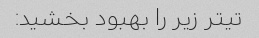
تیتر زیر را بهبود بخشید: